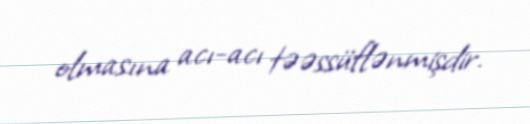
olmasına acı-acı təəssüflənmişdir.